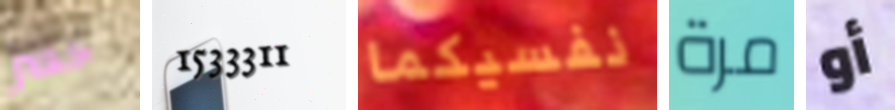
حصر 1533311 نفسيكما مرة أو